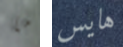
ما هايس